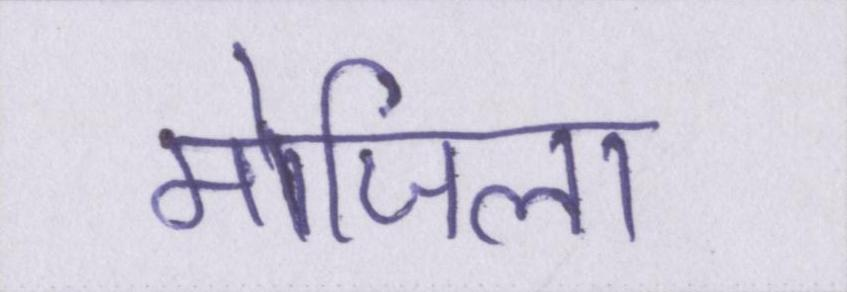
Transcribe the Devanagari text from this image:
मोजिला